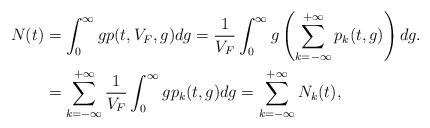
LaTeX: \begin{align*} N(t)&=\int_{0}^{\infty}gp(t,V_F,g)dg=\frac{1}{V_F}\int_{0}^{\infty}g \left(\sum_{k=-\infty}^{+\infty}p_k(t,g)\right)dg.\\ &=\sum_{k=-\infty}^{+\infty}\frac{1}{V_F}\int_{0}^{\infty}gp_k(t,g)dg=\sum_{k=-\infty}^{+\infty}N_k(t),\end{align*}